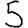
Digit: 5